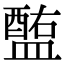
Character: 𥂧